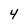
Character: 4